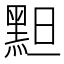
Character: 䵣